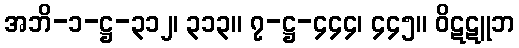
အဘိ-၁-ဋ္ဌ-၃၁၂၊ ၃၁၃။ ၇-ဋ္ဌ-၄၄၄၊ ၄၄၅။ ဝိဋဋူဘ